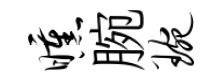
曛腕琬